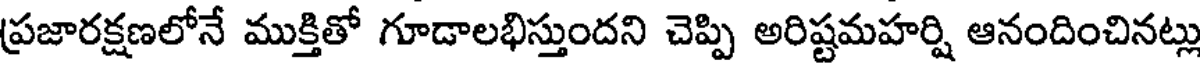
ప్రజారక్షణలోనే ముక్తితో గూడాలభిస్తుందని చెప్పి అరిష్టమహర్షి ఆనందించినట్లు